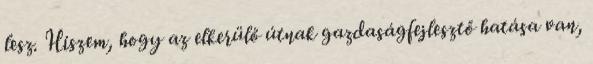
lesz. Hiszem, hogy az elkerülő útnak gazdaságfejlesztő hatása van,